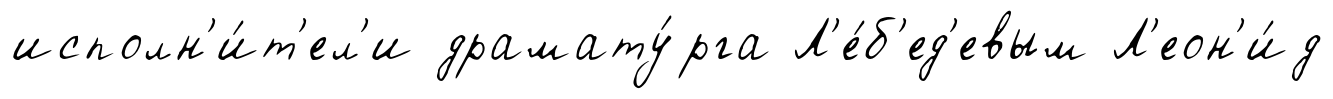
исполн'и́т'ел'и драмату́рга Л'е́б'ед'евым Л'еон'и́д